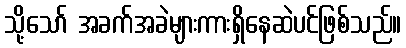
သို့သော် အခက်အခဲများကားရှိနေဆဲပင်ဖြစ်သည်။